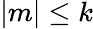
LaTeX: |m|\leq k